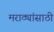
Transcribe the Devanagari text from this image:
मराठ्यांसाठी